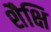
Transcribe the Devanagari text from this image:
शैक्षि